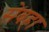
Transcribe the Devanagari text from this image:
सेबहा